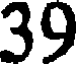
39